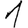
Digit: 1